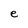
Character: e